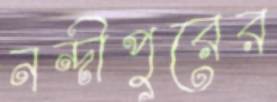
নন্দীপুরের